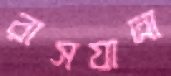
রাসযাত্রা